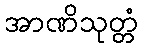
အာဏိသုတ္တံ